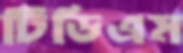
টিডিএম